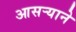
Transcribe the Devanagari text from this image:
आसऱ्याने